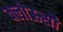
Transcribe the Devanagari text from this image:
क्लोऊसौ